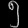
Digit: ၅